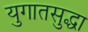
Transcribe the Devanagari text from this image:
युगातसुद्धा